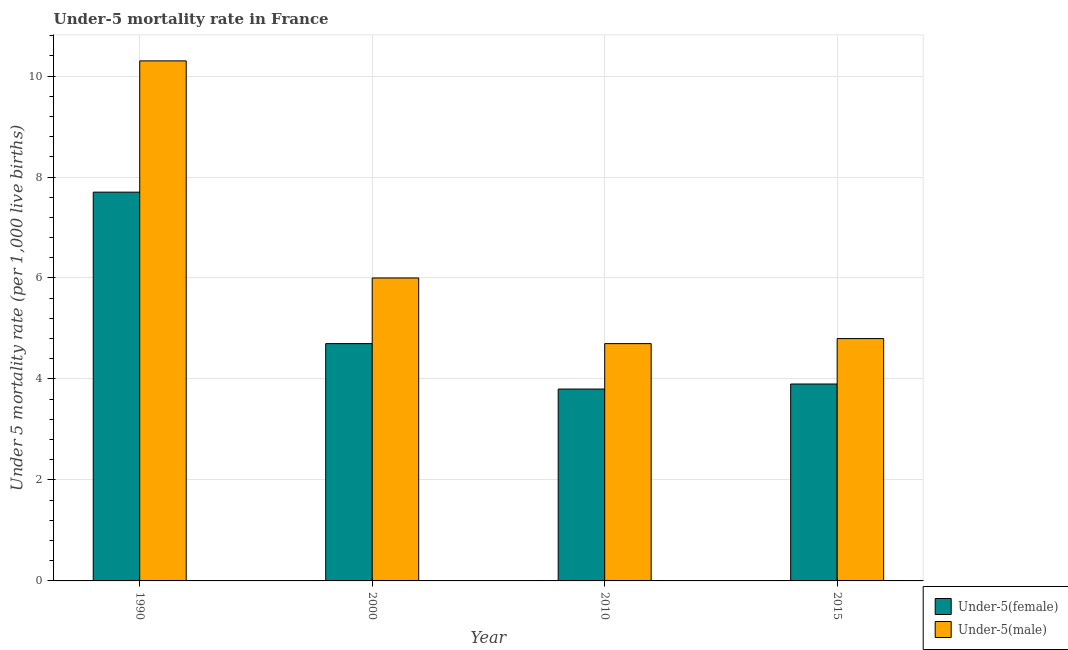
| Year | Under-5(female) | Under-5(male) |
 | --- | --- | --- |
 | 1990 | 7.7 | 10.3 |
 | 2000 | 4.7 | 6 |
 | 2010 | 3.8 | 4.7 |
 | 2015 | 3.9 | 4.8 |